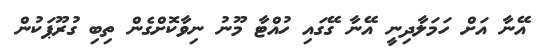
އޭނާ އަށް ހަމަލާދިނީ އޭނާ ގޭގައި ހުއްޓާ މޫނު ނިވާކޮށްގެން ތިބި ގުރޫޕަކުން